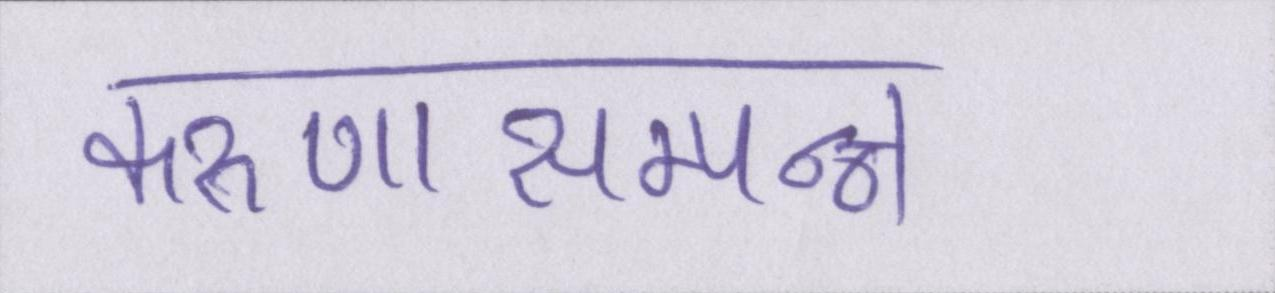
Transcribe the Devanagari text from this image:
करुणासम्पन्न